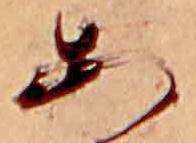
あ